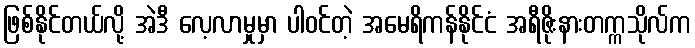
ဖြစ်နိုင်တယ်လို့ အဲဒီ လေ့လာမှုမှာ ပါဝင်တဲ့ အမေရိကန်နိုင်ငံ အရီဇိုးနားတက္ကသိုလ်က